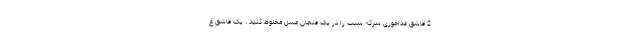
2 قاشق غذاخوری سرکه سیب را در یک فنجان عسل مخلوط کنید ، یک قاشق غ